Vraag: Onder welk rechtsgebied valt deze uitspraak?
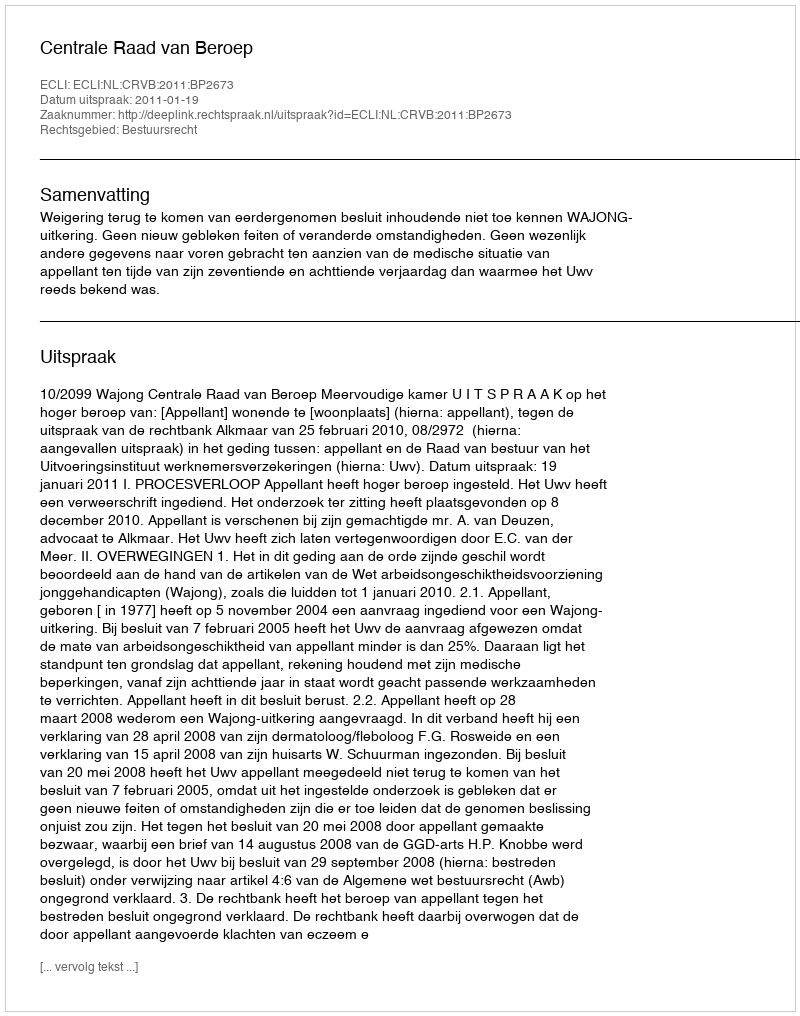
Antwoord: Bestuursrecht